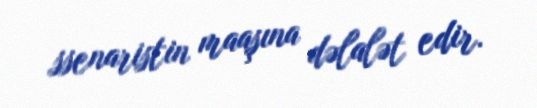
ssenaristin maaşına dəlalət edir.